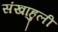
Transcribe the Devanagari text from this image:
संखाहुली